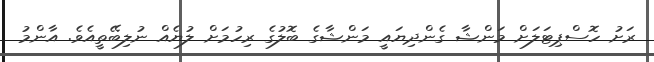
ރަށު ހޮސްޕިޓަލަށް މަންޝާ ގެންދިޔައީ މަންޝާގެ ބޮލުގެ ރިހުމަށް ލުޔެއް ނުލިބޭތީއެވެ. އާންމު